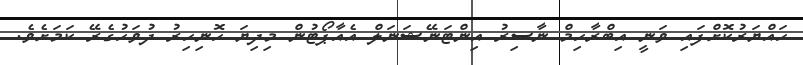
ހައްޔަރުކޮށްފައި ވަނީ އިބްރާހިމް ނާސިރު އިންޓަނޭޝަނަލް އެއާޕޯޓުން މިދިޔަ ހޮނިހިރު ދުވަހުގެރޭ ކަމަށެވެ.